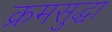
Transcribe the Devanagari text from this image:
क्रमसुद्धा